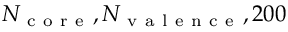
N _ { \mathrm { ~ c ~ o ~ r ~ e ~ } } , N _ { \mathrm { ~ v ~ a ~ l ~ e ~ n ~ c ~ e ~ } } , 2 0 0